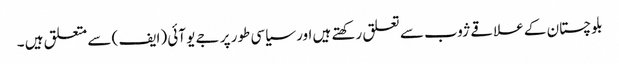
بلوچستان کے علاقے ژوب سے تعلق رکھتے ہیں اور سیاسی طور پر جے یو آئی (ایف ) سے متعلق ہیں ۔